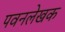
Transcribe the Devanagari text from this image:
पवनलेखक